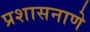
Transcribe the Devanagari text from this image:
प्रशासनाणे